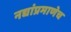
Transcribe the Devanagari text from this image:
नद्यांप्रमाणेच